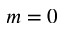
m = 0